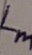
Text: Lm